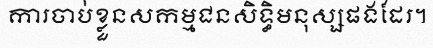
ការចាប់ខ្លួនសកម្មជនសិទ្ធិមនុស្សផងដែរ។